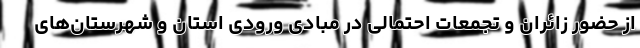
از حضور زائران و تجمعات احتمالی در مبادی ورودی استان و شهرستان‌های